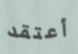
أعتقد